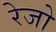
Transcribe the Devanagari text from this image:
रेजो